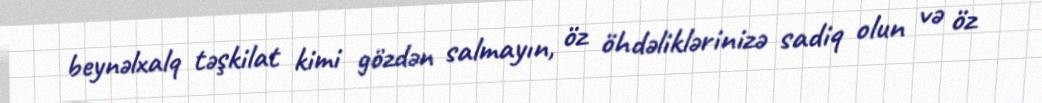
beynəlxalq təşkilat kimi gözdən salmayın, öz öhdəliklərinizə sadiq olun və öz